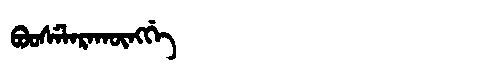
Manchu: ᠪᠣᠣᠰᡝᠯᠠᡵᠠᡴᡡᠩᡤᡝ
Romanization: BOOSELARAKŪNGGE